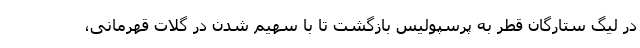
در لیگ ستارگان قطر به پرسپولیس بازگشت تا با سهیم شدن در گلات قهرمانی،